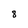
Character: 8